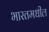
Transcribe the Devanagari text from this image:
भारतमधील